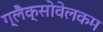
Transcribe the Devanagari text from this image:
ग्लैक्सोवेलकम